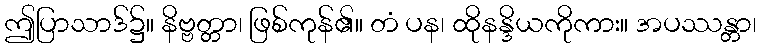
ဤပြာသာဒ်၌။ နိဗ္ဗတ္တာ၊ ဖြစ်ကုန်၏။ တံ ပန၊ ထိုနန္ဒိယကိုကား။ အပဿန္တာ၊